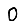
Digit: 0